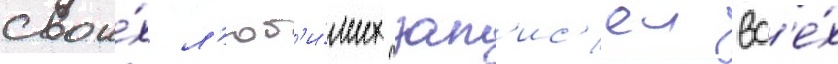
свои́х л'юб'и́мых зап'ис'еи вс'е́х